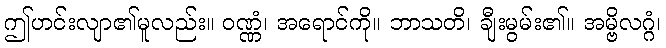
ဤဟင်းလျာ၏မူလည်း။ ဝဏ္ဏံ၊ အရောင်ကို။ ဘာသတိ၊ ချီးမွမ်း၏။ အမ္ဗိလဂ္ဂံ၊